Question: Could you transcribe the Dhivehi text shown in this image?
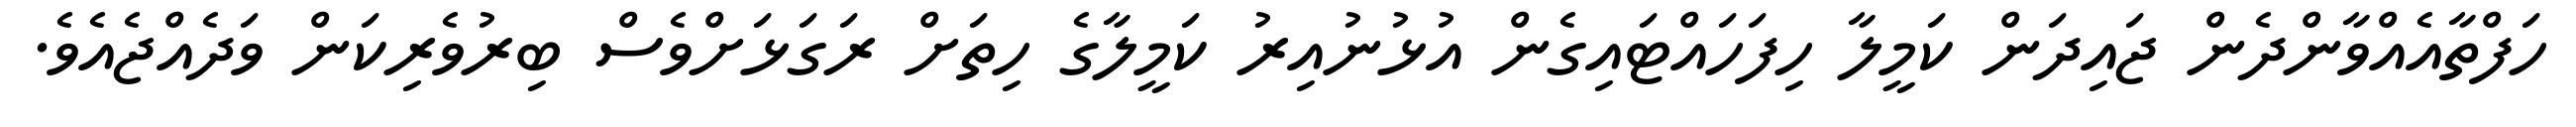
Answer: ހަފްތާއެއްވާންދެން ޖައިދަން ކަމީލާ ހިފަހައްޓައިގެން އުޅުނުއިރު ކަމީލާގެ ހިތަށް ރަގަޅަށްވެސް ބިރުވެރިކަން ވަދެއްޖެއެވެ.